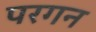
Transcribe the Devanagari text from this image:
परगन